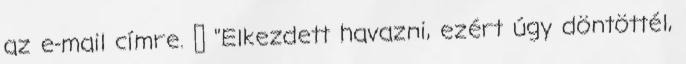
az e-mail címre. 😊 "Elkezdett havazni, ezért úgy döntöttél,